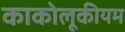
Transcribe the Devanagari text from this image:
काकोलूकीयम